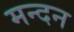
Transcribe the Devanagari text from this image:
मन्दन